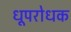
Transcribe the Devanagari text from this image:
धूपरोधक